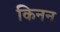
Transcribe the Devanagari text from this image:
किनन